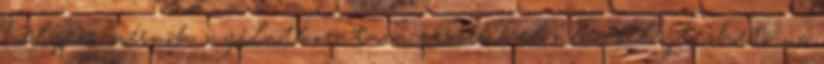
helyezõ mérnök nyilatkozata a részekkel nem selejtezhetõ , c